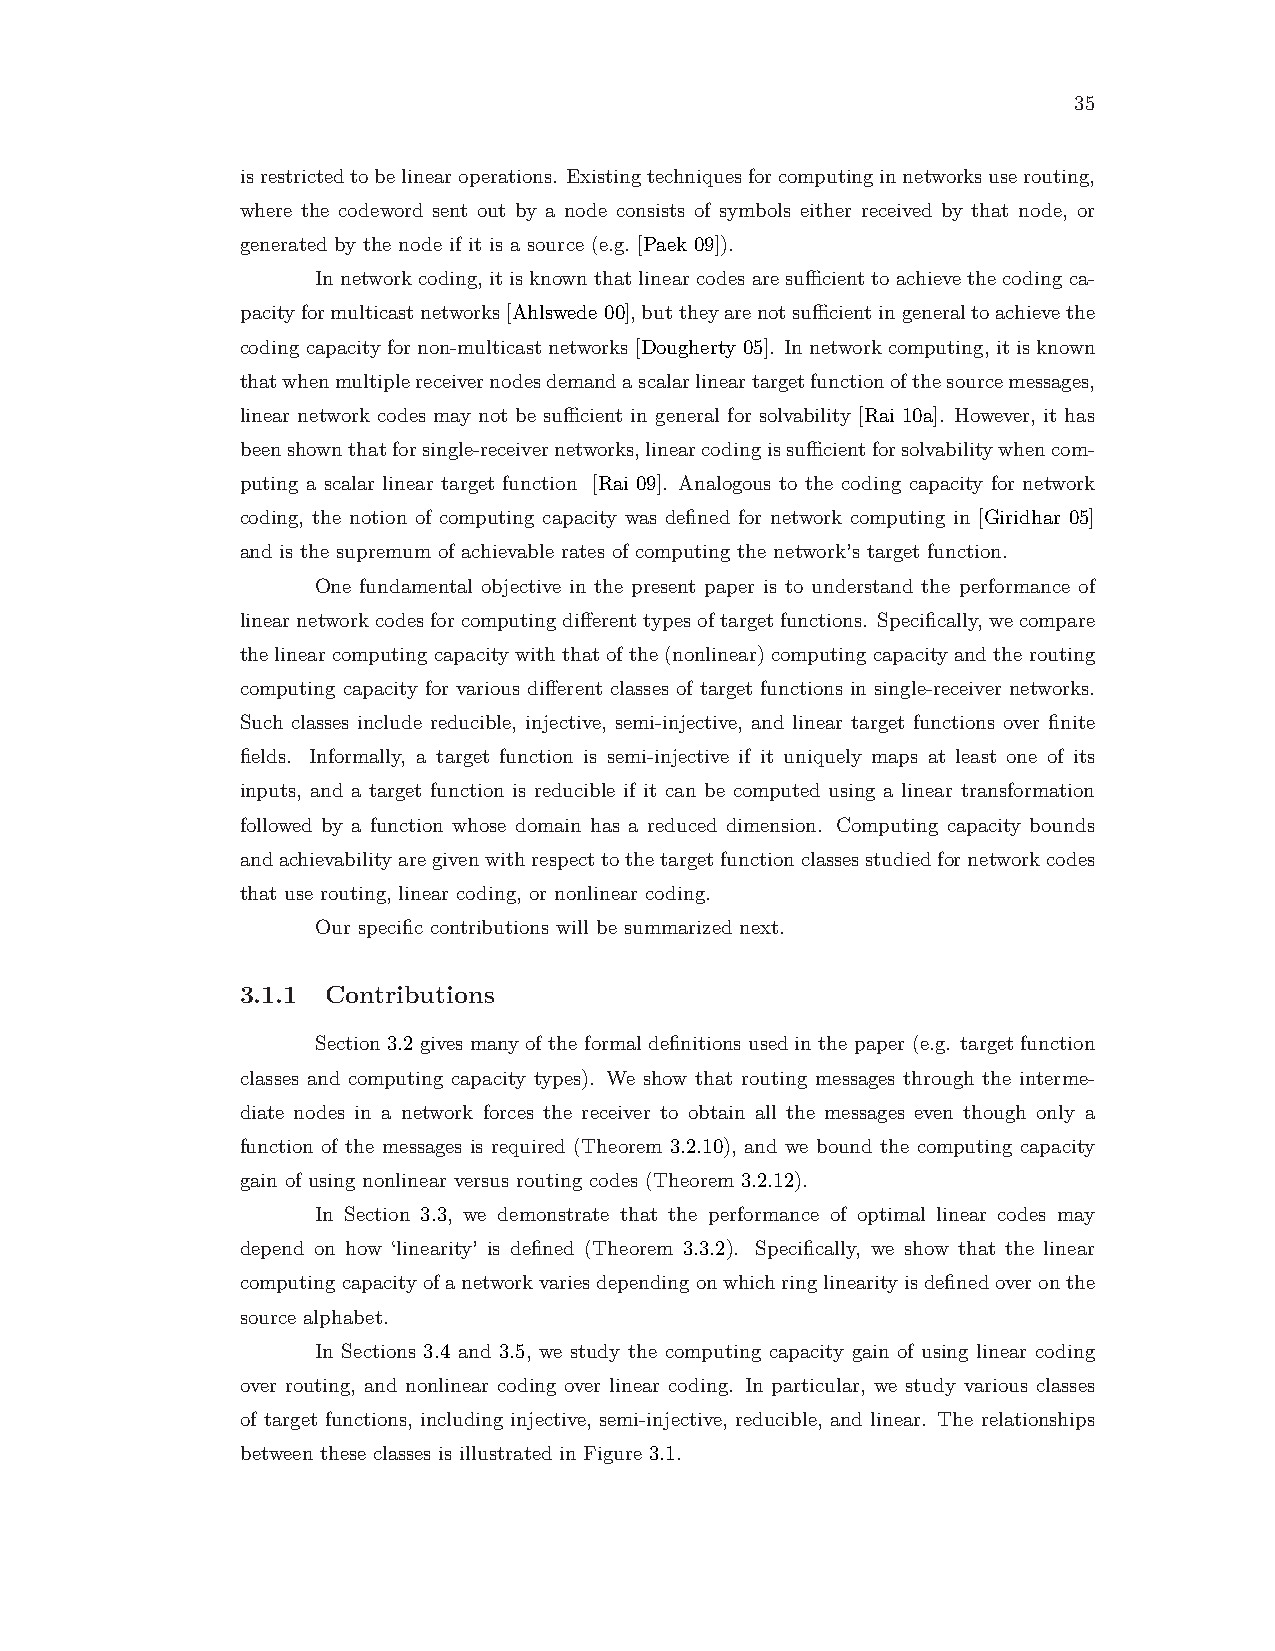
35
 isrestrictedtobelinearoperations. Existingtechniquesforcomputinginnetworksuserouting,
 where the codeword sent out by a node consists of symbols either received by that node, or
 generated by the node if it is a source (e.g. [Paek 09]).
 Innetworkcoding, itisknownthatlinearcodesaresufficienttoachievethecodingca-
 pacityformulticastnetworks[Ahlswede 00],buttheyarenotsufficientingeneraltoachievethe
 coding capacity for non-multicast networks [Dougherty 05]. In network computing, it is known
 thatwhenmultiplereceivernodesdemandascalarlineartargetfunctionofthesourcemessages,
 linear network codes may not be sufficient in general for solvability [Rai 10a]. However, it has
 beenshownthatforsingle-receivernetworks,linearcodingissufficientforsolvabilitywhencom-
 puting a scalar linear target function [Rai 09]. Analogous to the coding capacity for network
 coding, the notion of computing capacity was defined for network computing in [Giridhar 05]
 and is the supremum of achievable rates of computing the network’s target function.
 One fundamental objective in the present paper is to understand the performance of
 linearnetworkcodesforcomputingdifferenttypesoftargetfunctions. Specifically,wecompare
 the linear computing capacity with that of the (nonlinear) computing capacity and the routing
 computing capacity for various different classes of target functions in single-receiver networks.
 Such classes include reducible, injective, semi-injective, and linear target functions over finite
 fields. Informally, a target function is semi-injective if it uniquely maps at least one of its
 inputs, and a target function is reducible if it can be computed using a linear transformation
 followed by a function whose domain has a reduced dimension. Computing capacity bounds
 andachievabilityaregivenwithrespecttothetargetfunctionclassesstudiedfornetworkcodes
 that use routing, linear coding, or nonlinear coding.
 Our specific contributions will be summarized next.
 3.1.1 Contributions
 Section 3.2 gives many of the formal definitions used in the paper (e.g. target function
 classes and computing capacity types). We show that routing messages through the interme-
 diate nodes in a network forces the receiver to obtain all the messages even though only a
 function of the messages is required (Theorem 3.2.10), and we bound the computing capacity
 gain of using nonlinear versus routing codes (Theorem 3.2.12).
 In Section 3.3, we demonstrate that the performance of optimal linear codes may
 depend on how ‘linearity’ is defined (Theorem 3.3.2). Specifically, we show that the linear
 computingcapacityofanetworkvariesdependingonwhichringlinearityisdefinedoveronthe
 source alphabet.
 In Sections 3.4 and 3.5, we study the computing capacity gain of using linear coding
 over routing, and nonlinear coding over linear coding. In particular, we study various classes
 of target functions, including injective, semi-injective, reducible, and linear. The relationships
 between these classes is illustrated in Figure 3.1.